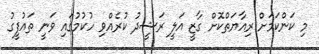
މި ކަންކަމަށް ރިއާޔަތްކޮށް ގާޒީ އަލީ ރަޝީދު ކުރެއްވި ހުކުމުގައި ވަނީ ތައުފީގު